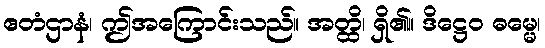
ဧတံဌာနံ၊ ဤအကြောင်းသည်။ အတ္ထိ၊ ရှိ၏။ ဒိဋ္ဌေဝ ဓမ္မေ၊